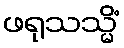
ဖရုသသ္မိံ